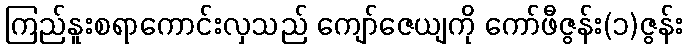
ကြည်နူးစရာကောင်းလှသည် ကျော်ဇေယျကို ကော်ဖီဇွန်း(၁)ဇွန်း